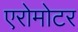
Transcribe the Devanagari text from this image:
एरोमोटर